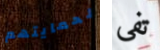
لحمايتهم تفي